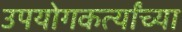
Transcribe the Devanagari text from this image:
उपयोगकर्त्यांच्या